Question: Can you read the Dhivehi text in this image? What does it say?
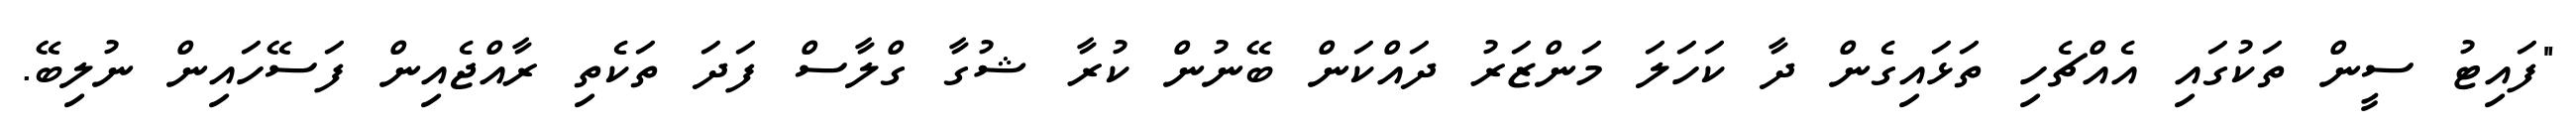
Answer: "ފައިޓު ސީން ތަކުގައި އެއްޗެހި ތަޅައިގެން ދާ ކަހަލަ މަންޒަރު ދައްކަން ބޭނުން ކުރާ ޝުގާ ގްލާސް ފަދަ ތަކެތި ރާއްޖެއިން ފަސޭހައިން ނުލިބޭ.